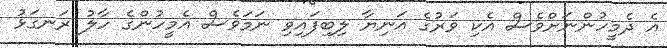
އެ ދެމީހުންނަށްވެސް އެކި ވަރުގެ އަނިޔާ ލިބިފައިވި ނަމަވެސް އެމީހުންގެ ހާލު ރަނގަޅު